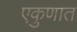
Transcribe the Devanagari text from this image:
एकुणात